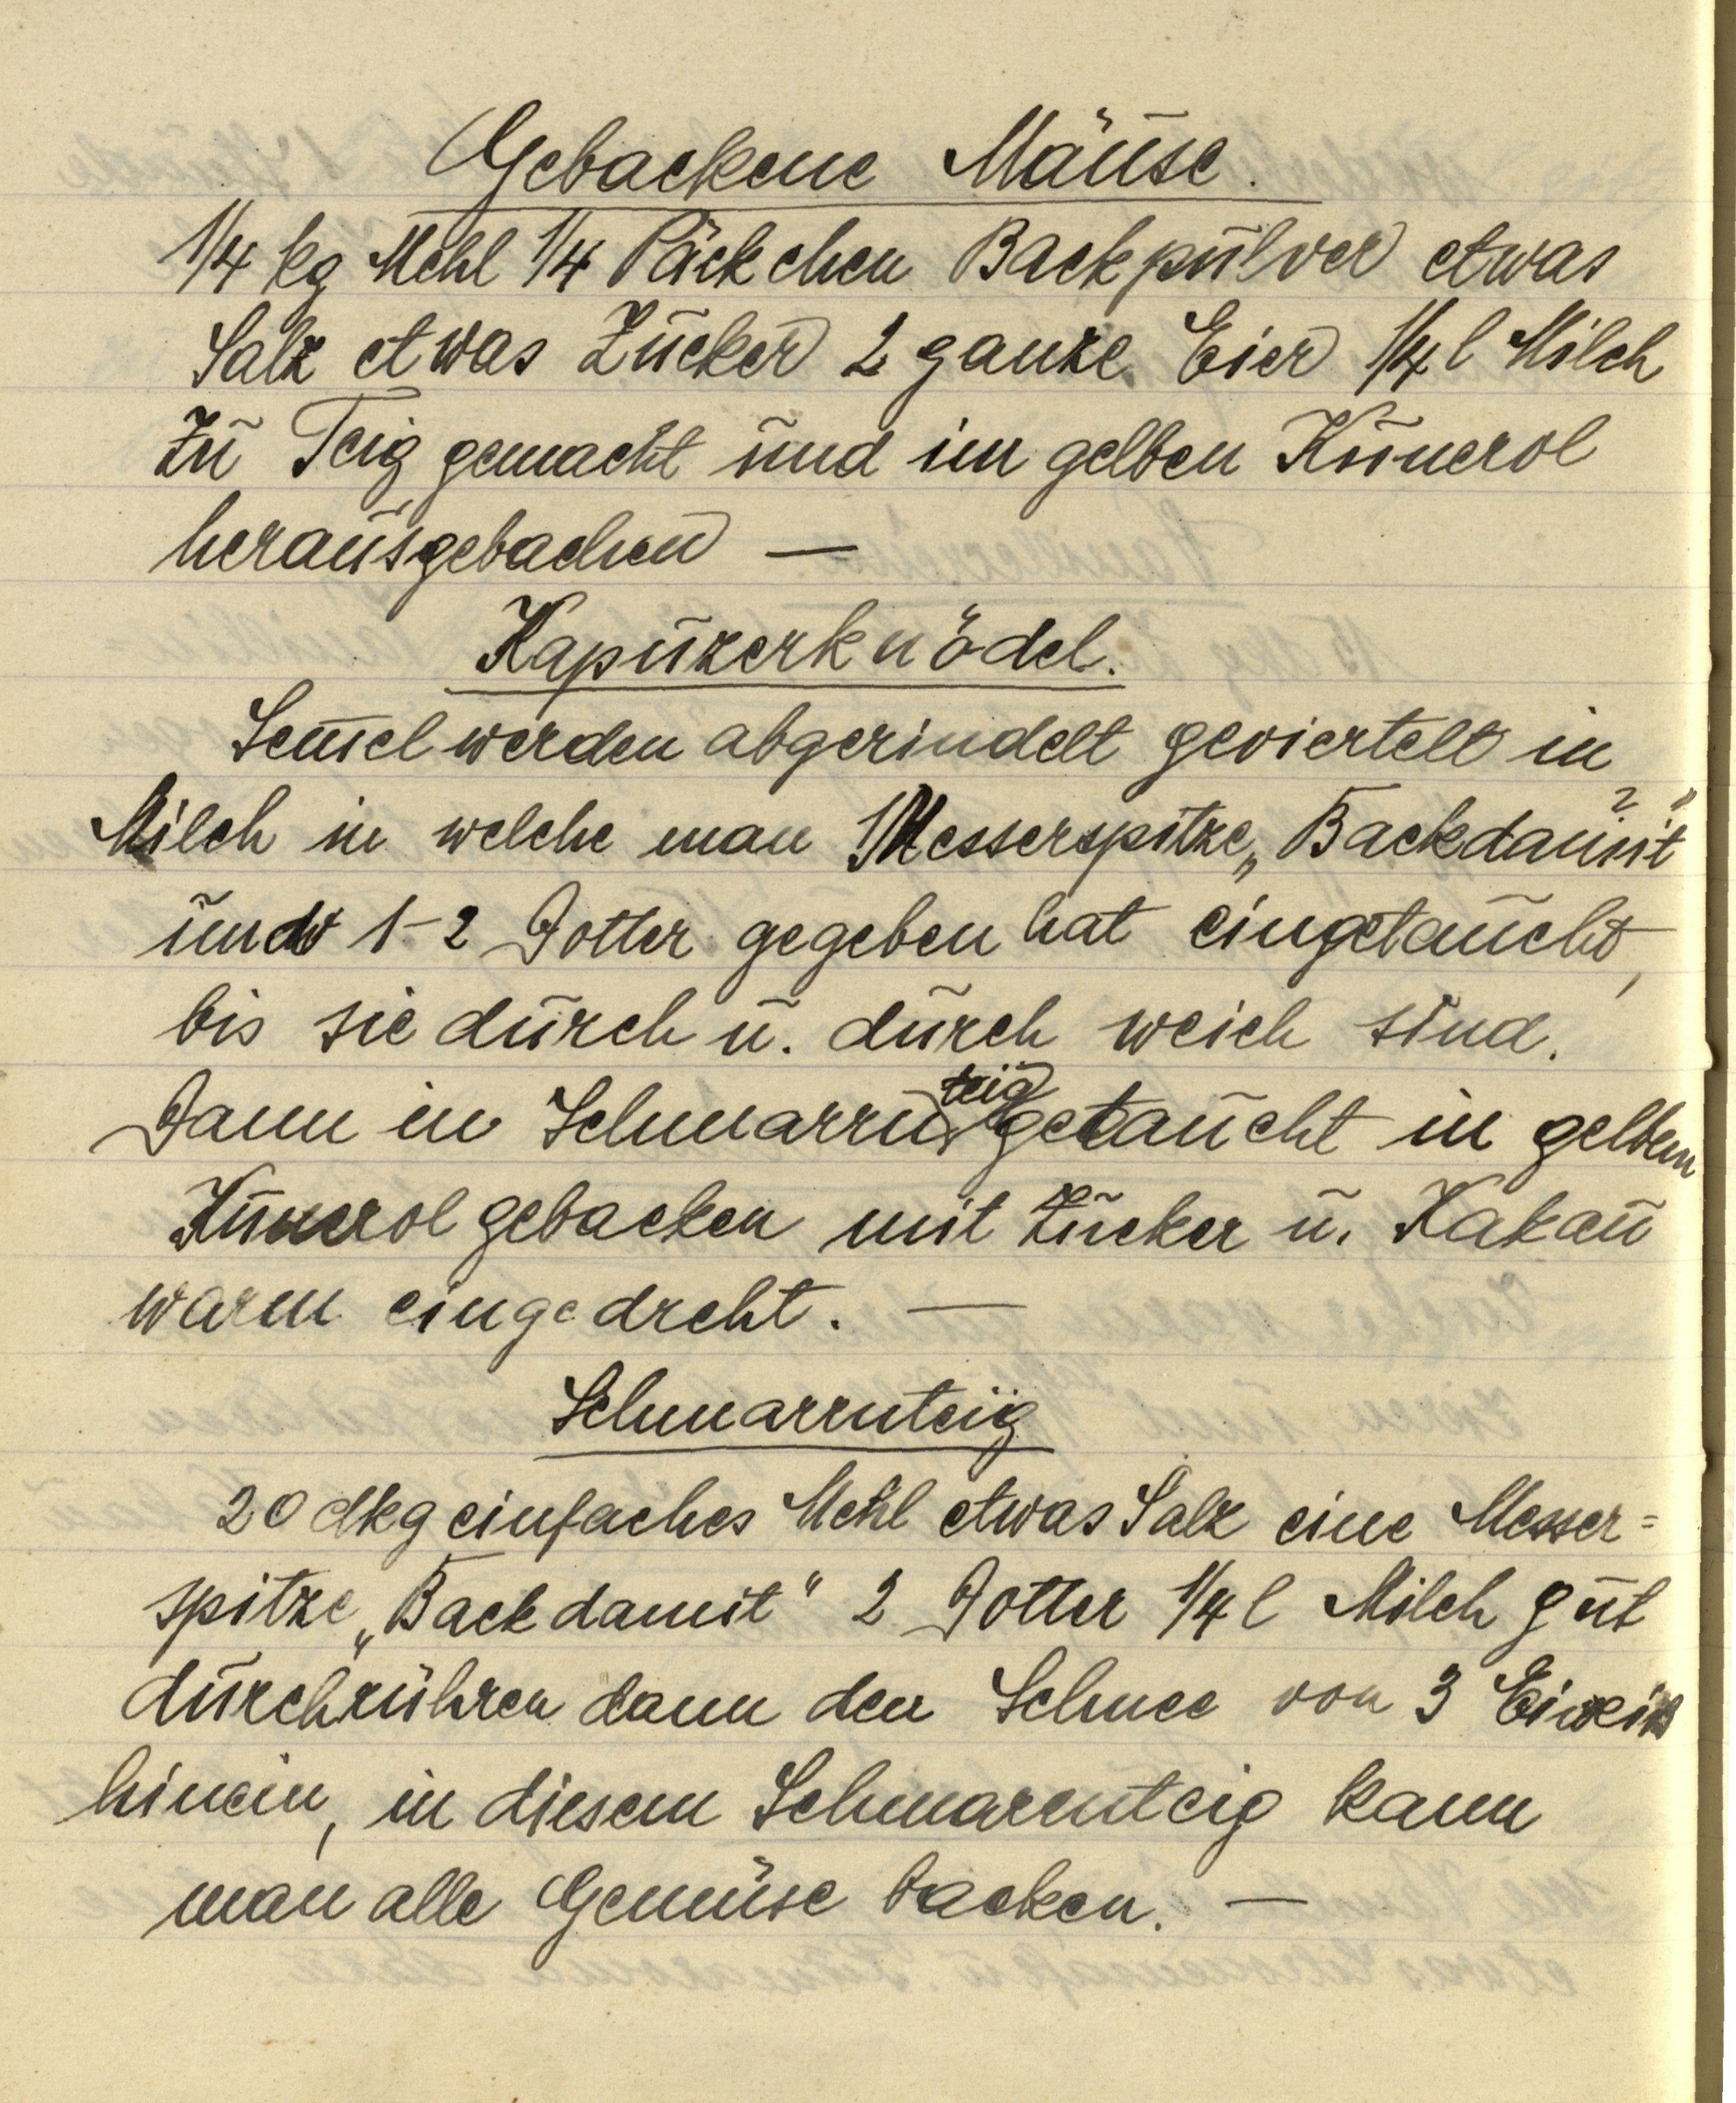
Gebackene Mäuse.
¼ kg Mehl ¼ Päckchen Backpulver etwas
Salz etwas Zucker 2 ganze Eier ¼ l Milch
Zu Teig gemacht und im gelben Kunerol
herausgebacken —

Kapuzerknödel.
Semmel werden abgerindelt geviertelt in
Milch in welche man 1 Messerspitze "Backdamit"
und 1-2 Dotter gegeben hat eingetaucht,
bis sie durch u. durch weich sind.
teig
Dann in Schmarrn getaucht in gelbem
Kunerol gebacken mit Zucker u. Kakau
warm eingedreht. —

Schmarrnteig
20 dkg einfaches Mehl etwas Salz eine Messer¬
spitze "Backdamit" 2 Dotter 1/4 l Milch gut
durchrühren dann den Schnee von 3 Eiweiß
hinein, in diesem Schmarrnteig kann
man alle Gemüse backen. —